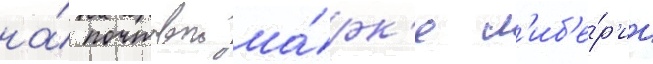
на́ почтовои ма́рк'е л'иб'е́р'ии